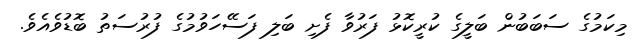
މިކަމުގެ ސަބަބުން ބަލީގެ ކުރީކޮޅު ފަރުވާ ފެށި ބަލި ފަސޭހަވުމުގެ ފުރުސަތު ބޮޑުވެއެވެ.